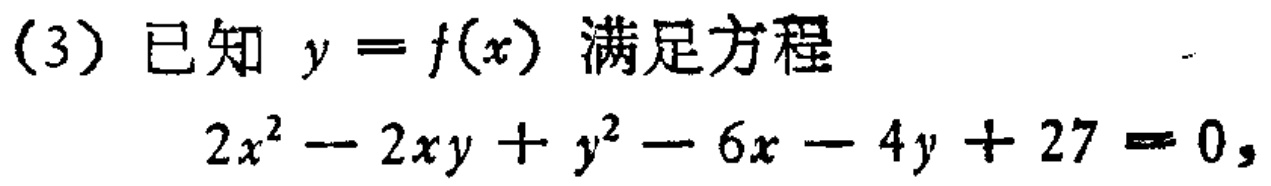
(3) 已知 \(y = f(x)\) 满足方程

\[

2x^{2}-2xy + y^{2}-6x - 4y + 27 = 0,

\]